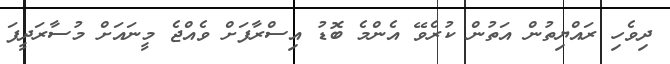
ދިވެހި ރައްޔިތުން އަތުން ކުރެވޭ އެންމެ ބޮޑު އިސްރާފަށް ވެެއްޖެ މީނައަށް މުސާރަދީފަ